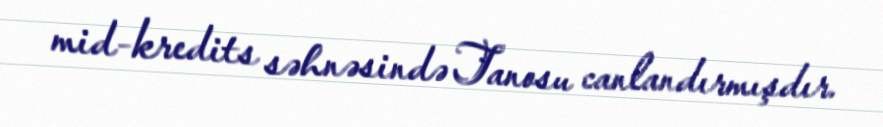
mid-kredits səhnəsində Tanosu canlandırmışdır.